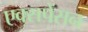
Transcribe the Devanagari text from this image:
एक्सपेंसन